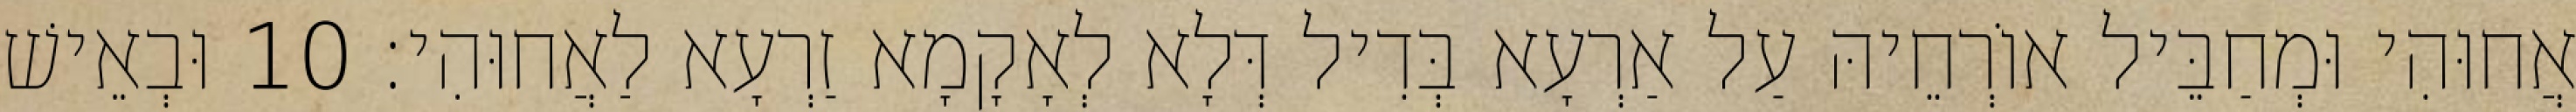
אֲחוּהִי וּמְחַבֵּיל אוֹרְחֵיהּ עַל אַרְעָא בְּדִיל דְּלָא לְאָקָמָא זַרְעָא לַאֲחוּהִי׃ 10 וּבְאֵישׁ